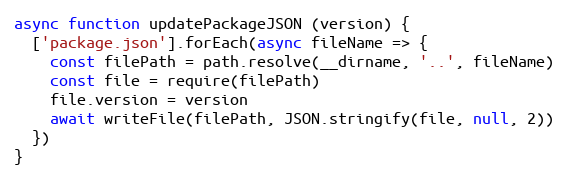
Language: JavaScript
async function updatePackageJSON (version) {
  ['package.json'].forEach(async fileName => {
    const filePath = path.resolve(__dirname, '..', fileName)
    const file = require(filePath)
    file.version = version
    await writeFile(filePath, JSON.stringify(file, null, 2))
  })
}